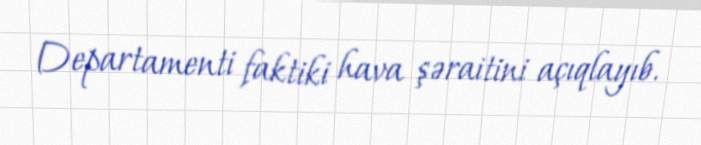
Departamenti faktiki hava şəraitini açıqlayıb.